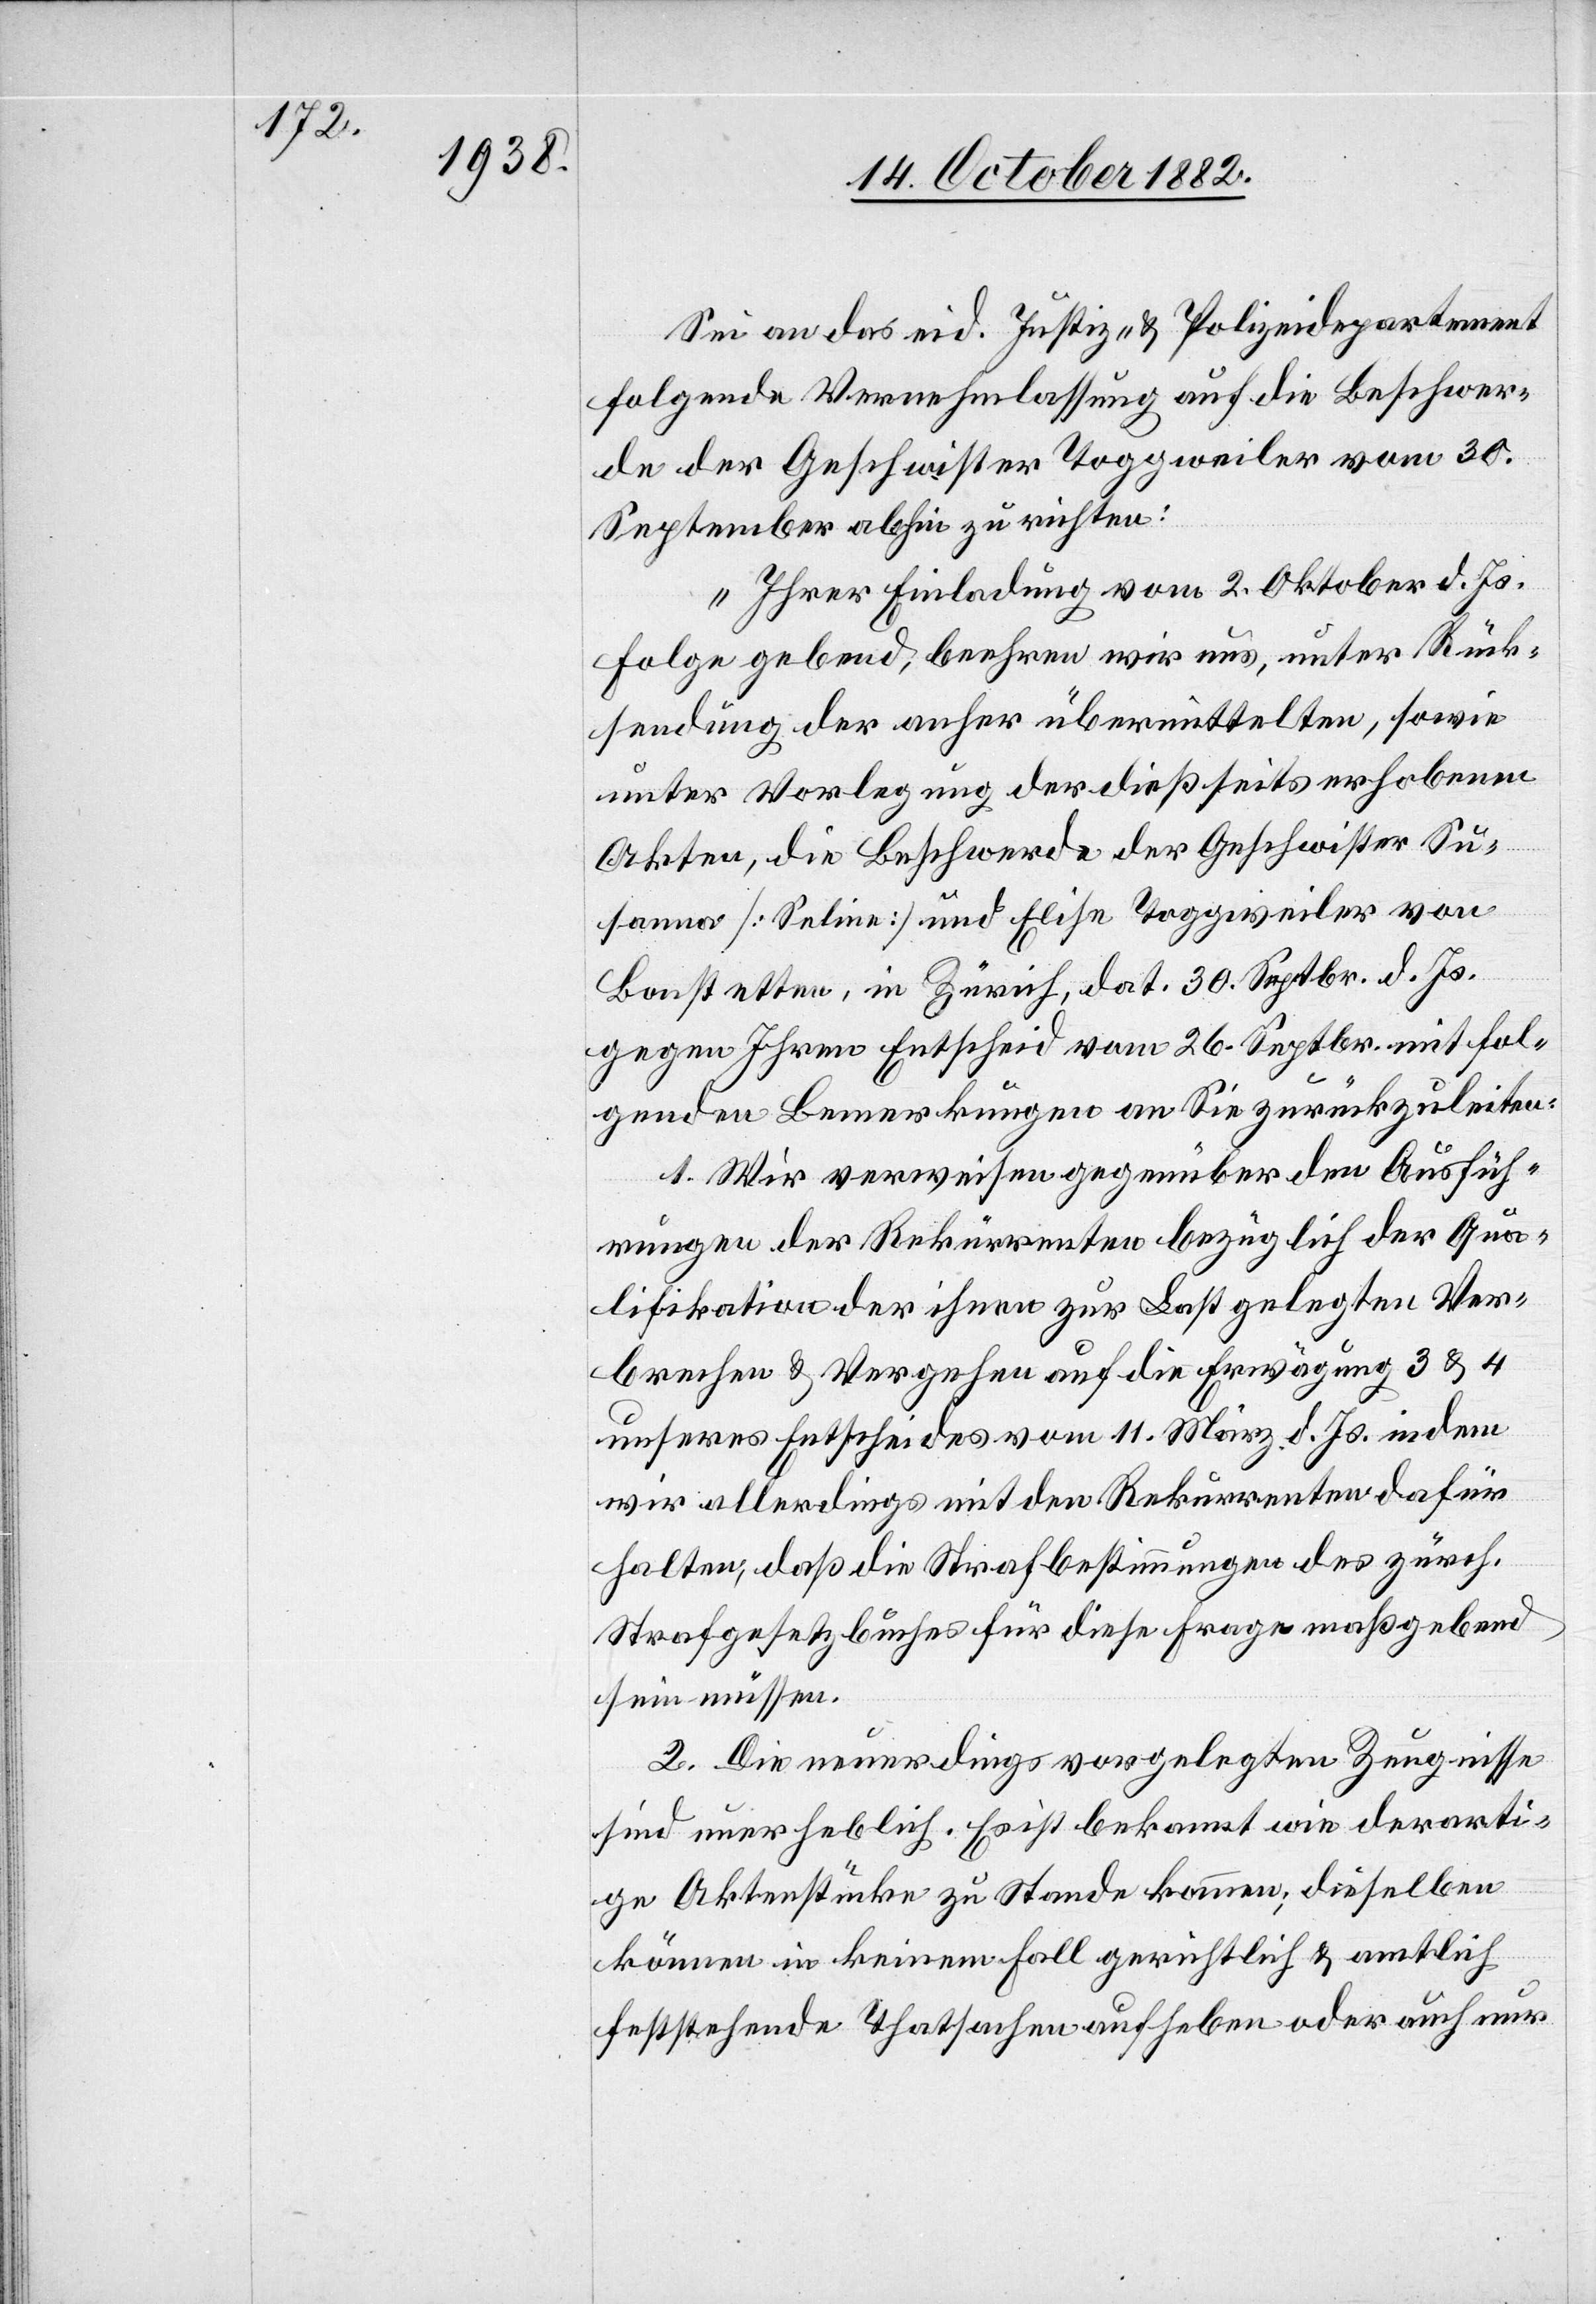
Sei an das eid. Justiz- & Polizeidepartement
folgende Vernehmlassung auf die Beschwer¬
de der Geschwister Toggweiler vom 30.
September abhin zu richten:
„Ihrer Einladung vom 2. Oktober d. Js.
Folge gebend, beehren wir uns, unter Rück¬
sendung der anher übermittelten, sowie
unter Vorlegung der dießseits erhobenen
Akten, die Beschwerde der Geschwister Su¬
sanna [Seline] und Elise Toggweiler von
Bonstetten, in Zürich, dat. 30. Septbr. d. Js.
gegen Ihren Entscheid vom 26. Septbr. mit fol¬
genden Bemerkungen an Sie zurückzuleiten:
1. Wir verweisen gegenüber den Ausfüh¬
rungen der Rekürrenten [sic!] bezüglich der Qua¬
lifikation der ihnen zur Last gelegten Ver¬
brechen & Vergehen auf die Erwägung 3 & 4
unseres Entscheides vom 11. März d. Js. indem
wir allerdings mit den Rekurrenten dafür
halten, daß die Strafbestimmungen des zürch.
Strafgesetzbuches für diese Frage maßgebend
sein müssen.
2. Die neuerdings vorgelegten Zeugnisse
sind unerheblich. Es ist bekannt wie derarti¬
ge Aktenstücke zu Stande kommen; dieselben
können in keinem Fall gerichtlich & amtlich
feststehende Thatsachen aufheben oder auch nur